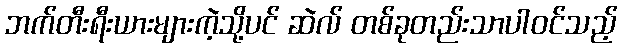
ဘက်တီးရီးယားများကဲ့သို့ပင် ဆဲလ် တစ်ခုတည်းသာပါဝင်သည့်